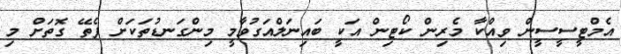
އެމްޓީސީސީން ވިއްކާ މެރިން ކޯޓިން އަކީ ބައިނަލްއަގުވާމީ މިންގަނޑުތަކަށް ފެތޭ ގޮތަށް މި